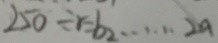
2 5 0 \div r = b _ { 2 } \cdots 2 a